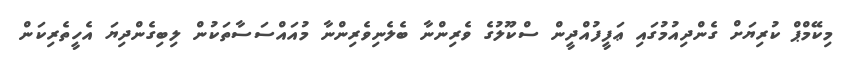
މިކޭމްޕް ކުރިޔަށް ގެންދިއުމުގައި ޢަފީފުއްދީން ސްކޫލުގެ ވެރިންނާ ބެލެނިވެރިންނާ މުއައްސަސާތަކުން ލިބިގެންދިޔަ އެހީތެރިކަން